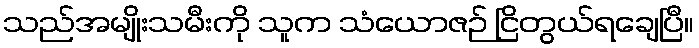
သည်အမျိုးသမီးကို သူက သံယောဇဉ် ငြိတွယ်ရချေပြီ။